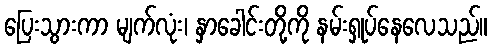
ပြေးသွားကာ မျက်လုံး၊ နှာခေါင်းတို့ကို နမ်းရှုပ်နေလေသည်။